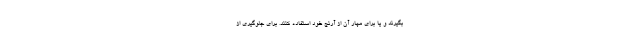
بگیرند و یا برای مهار آن از آرنج خود استفاده کنند. برای جلوگیری از